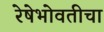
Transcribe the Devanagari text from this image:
रेषेभोवतीचा